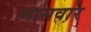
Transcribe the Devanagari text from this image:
मासवार